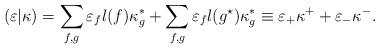
LaTeX: \begin{align*}(\varepsilon|\kappa)=\sum_{f,g}\varepsilon_fl(f)\kappa_g^\ast+\sum_{f,g}\varepsilon_fl(g^\star)\kappa_g^\ast \equiv \varepsilon_+\kappa^++\varepsilon_-\kappa^-.\end{align*}